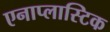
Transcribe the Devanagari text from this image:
एनाप्लास्टिक